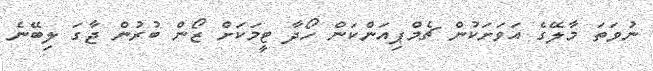
ނުވަތަ މާލޭގެ އަވަށަކުން ޗެމްޕިއަންކަން ހޯދާ ޓީމަކަށް ޒޯން ބުރުން ޖާގަ ލިބޭނެ